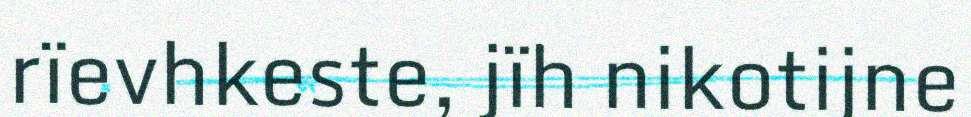
rïevhkeste, jïh nikotijne